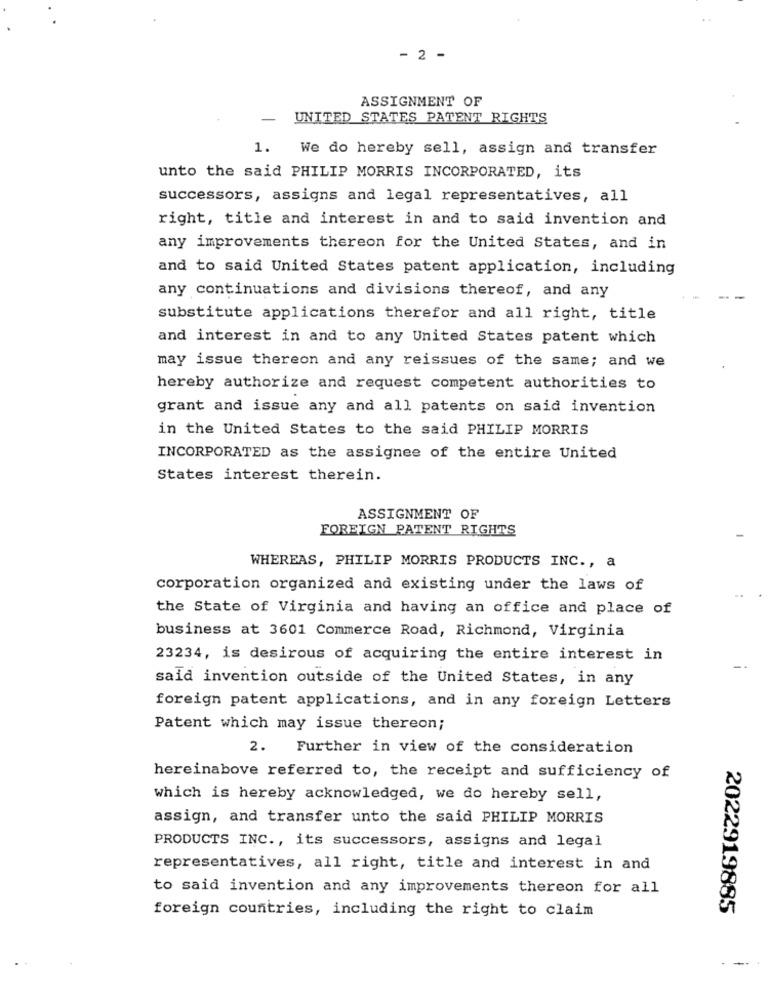
- 2 -
ASSIGNMENT OF
UNITED STATES PATENT RIGHTS
1.
We do hereby sell, assign and transfer
unto the said PHILIP MORRIS INCORPORATED, its
successors, assigns and legal representatives, all
right, title and interest in and to said invention and
any improvements thereon for the United States, and in
and to said United States patent application, including
any continuations and divisions thereof, and any
substitute applications therefor and all right, title
and interest in and to any United States patent which
may issue thereon and any reissues of the same; and we
hereby authorize and request competent authorities to
grant and issue any and all patents on said invention
in the United States to the said PHILIP MORRIS
INCORPORATED as the assignee of the entire United
States interest therein.
ASSIGNMENT OF
FOREIGN PATENT RIGHTS
WHEREAS, PHILIP MORRIS PRODUCTS INC ., a
corporation organized and existing under the laws of
the State of Virginia and having an office and place of
business at 3601 Commerce Road, Richmond, Virginia
23234, is desirous of acquiring the entire interest in
said invention outside of the United States, in any
foreign patent applications, and in any foreign Letters
Patent which may issue thereon;
2. Further in view of the consideration
hereinabove referred to, the receipt and sufficiency of
which is hereby acknowledged, we do hereby sell,
assign, and transfer unto the said PHILIP MORRIS
PRODUCTS INC ., its successors, assigns and legal
representatives, all right, title and interest in and
to said invention and any improvements thereon for all
2022919885
foreign countries, including the right to claim
-